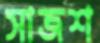
সাজশ